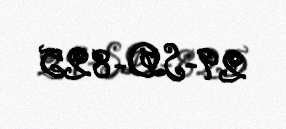
29-SD-825